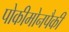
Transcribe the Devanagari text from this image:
पोकीमोनपैकी